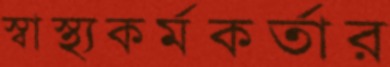
স্বাস্থ্যকর্মকর্তার